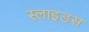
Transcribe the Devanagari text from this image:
स्‍लाइडस